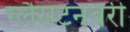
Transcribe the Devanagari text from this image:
ग्लैसटनबरी